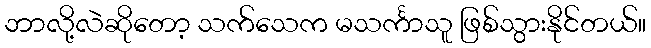
ဘာလို့လဲဆိုတော့ သက်သေက မသင်္ကာသူ ဖြစ်သွားနိုင်တယ်။